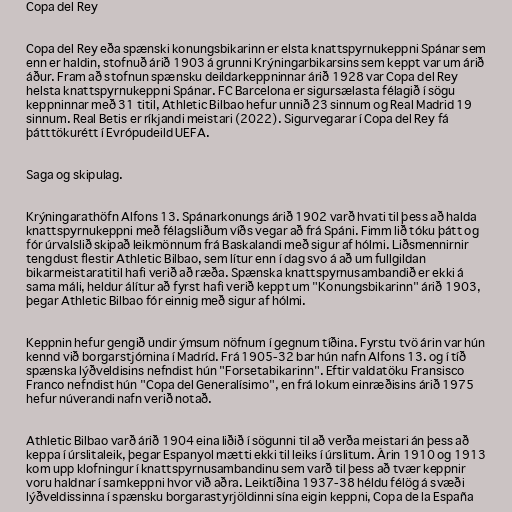
Copa del Rey

Copa del Rey eða spænski konungsbikarinn er elsta knattspyrnukeppni Spánar sem
enn er haldin, stofnuð árið 1903 á grunni Krýningarbikarsins sem keppt var um árið
áður. Fram að stofnun spænsku deildarkeppninnar árið 1928 var Copa del Rey
helsta knattspyrnukeppni Spánar. FC Barcelona er sigursælasta félagið í sögu
keppninnar með 31 titil, Athletic Bilbao hefur unnið 23 sinnum og Real Madrid 19
sinnum. Real Betis er ríkjandi meistari (2022). Sigurvegarar í Copa del Rey fá
þátttökurétt í Evrópudeild UEFA.

Saga og skipulag.

Krýningarathöfn Alfons 13. Spánarkonungs árið 1902 varð hvati til þess að halda
knattspyrnukeppni með félagsliðum víðs vegar að frá Spáni. Fimm lið tóku þátt og
fór úrvalslið skipað leikmönnum frá Baskalandi með sigur af hólmi. Liðsmennirnir
tengdust flestir Athletic Bilbao, sem lítur enn í dag svo á að um fullgildan
bikarmeistaratitil hafi verið að ræða. Spænska knattspyrnusambandið er ekki á
sama máli, heldur álítur að fyrst hafi verið keppt um "Konungsbikarinn" árið 1903,
þegar Athletic Bilbao fór einnig með sigur af hólmi.

Keppnin hefur gengið undir ýmsum nöfnum í gegnum tíðina. Fyrstu tvö árin var hún
kennd við borgarstjórnina í Madríd. Frá 1905-32 bar hún nafn Alfons 13. og í tíð
spænska lýðveldisins nefndist hún "Forsetabikarinn". Eftir valdatöku Fransisco
Franco nefndist hún "Copa del Generalísimo", en frá lokum einræðisins árið 1975
hefur núverandi nafn verið notað.

Athletic Bilbao varð árið 1904 eina liðið í sögunni til að verða meistari án þess að
keppa í úrslitaleik, þegar Espanyol mætti ekki til leiks í úrslitum. Árin 1910 og 1913
kom upp klofningur í knattspyrnusambandinu sem varð til þess að tvær keppnir
voru haldnar í samkeppni hvor við aðra. Leiktíðina 1937-38 héldu félög á svæði
lýðveldissinna í spænsku borgarastyrjöldinni sína eigin keppni, Copa de la España